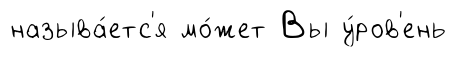
называ́етс'я мо́жет Вы у́ров'ень